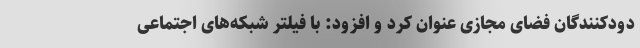
دودکنندگان فضای مجازی عنوان کرد و افزود: با فیلتر شبکه‌های اجتماعی